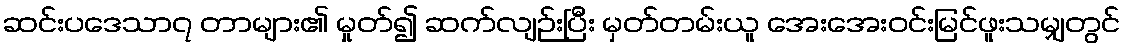
ဆင်းပဒေသာ၇ တာများ၏ မှုတ်၍ ဆက်လျဉ်းပြီး မှတ်တမ်းယူ အေးအေးဝင်းမြင်ဖူးသမျှတွင်